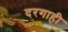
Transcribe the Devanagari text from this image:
दरगाही